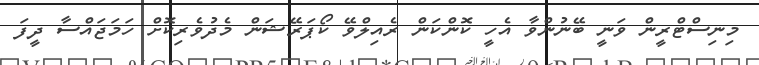
މިނިސްޓްރީން ވަނީ ބޭނުންވާ އެހީ ކޮންކަން ރެއިލްވޭ ކޯޕަރޭޝަން މެދުވެރިކޮށް ހަމަޖައްސާ ދީފަ